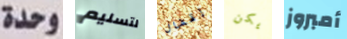
وحدة لتسليم إقفال يكن أمبروز